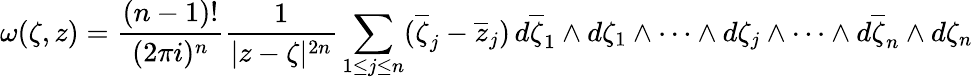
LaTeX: \omega(\zeta,z)={\frac{(n-1)!}{(2\pi i)^{n}}}{\frac{1}{|z-\zeta|^{2n}}}\sum_{1\leq j\leq n}({\overline{{\zeta}}}_{j}-{\overline{{z}}}_{j})\, d{\overline{{\zeta}}}_{1}\land d\zeta_{1}\land\cdots\land d\zeta_{j}\land\cdots\land d{\overline{{\zeta}}}_{n}\land d\zeta_{n}